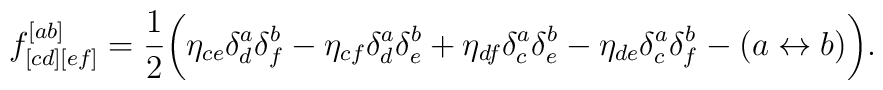
f^{[ab]}_{[cd][ef]} = {1 \over 2} \bigg( \eta_{ce} \delta^a_d\delta^b_f -     \eta_{cf} \delta^a_d\delta^b_e + \eta_{df} \delta^a_c\delta^b_e - \eta_{de} \delta^a_c\delta^b_f - (a \leftrightarrow b) \bigg).